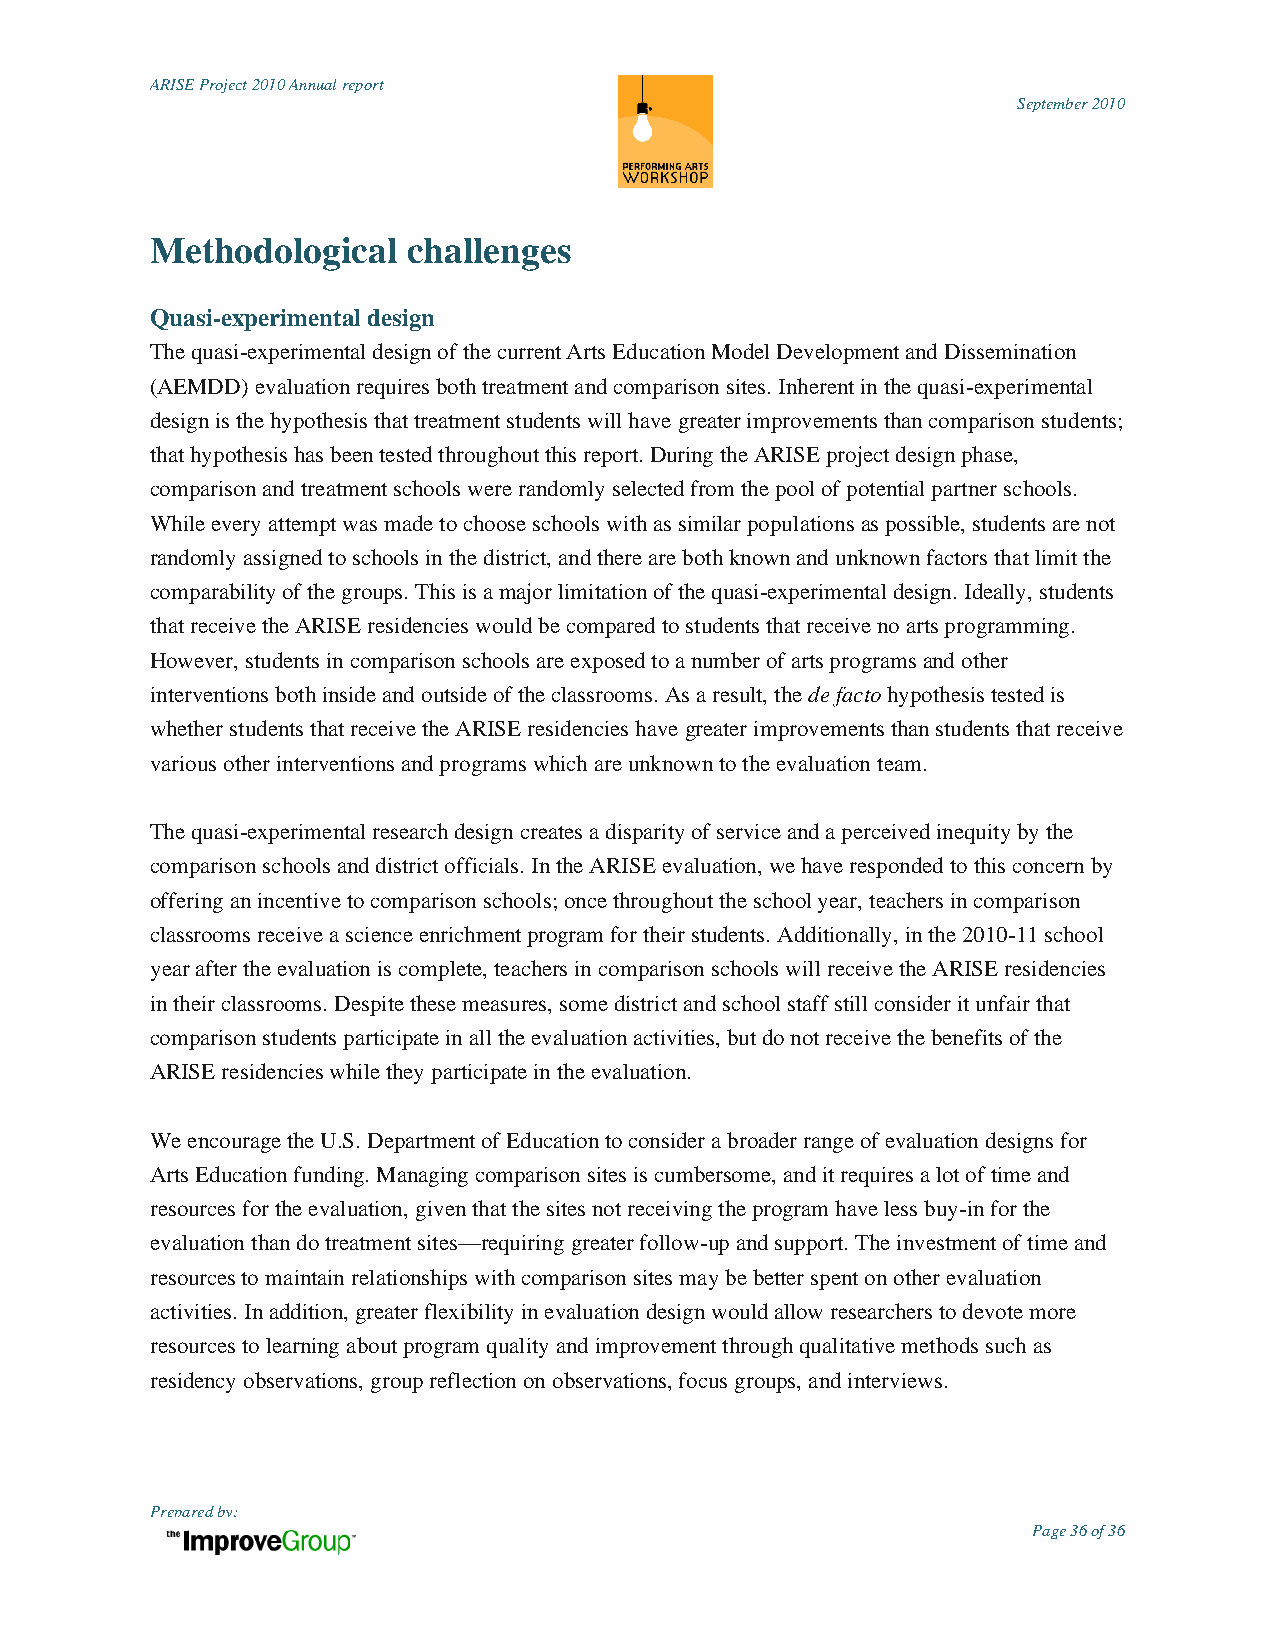
ARISE Project 2010 Annual report
 September 2010
 Methodological   challenges
 Quasi-experimental design
 The quasi-experimental design of the current Arts Education Model Development and Dissemination
 (AEMDD) evaluation requires both treatment and comparison sites. Inherent in the quasi-experimental
 design is the hypothesis that treatment students will have greater improvements than comparison students;
 that hypothesis has been tested throughout this report. During the ARISE project design phase,
 comparison and treatment schools were randomly selected from the pool of potential partner schools.
 While every attempt was made to choose schools with as similar populations as possible, students are not
 randomly assigned to schools in the district, and there are both known and unknown factors that limit the
 comparability of the groups. This is a major limitation of the quasi-experimental design. Ideally, students
 that receive the ARISE residencies would be compared to students that receive no arts programming.
 However, students in comparison schools are exposed to a number of arts programs and other
 interventions both inside and outside of the classrooms. As a result, the de facto hypothesis tested is
 whether students that receive the ARISE residencies have greater improvements than students that receive
 various other interventions and programs which are unknown to the evaluation team.
 The quasi-experimental research design creates a disparity of service and a perceived inequity by the
 comparison schools and district officials. In the ARISE evaluation, we have responded to this concern by
 offering an incentive to comparison schools; once throughout the school year, teachers in comparison
 classrooms receive a science enrichment program for their students. Additionally, in the 2010-11 school
 year after the evaluation is complete, teachers in comparison schools will receive the ARISE residencies
 in their classrooms. Despite these measures, some district and school staff still consider it unfair that
 comparison students participate in all the evaluation activities, but do not receive the benefits of the
 ARISE residencies while they participate in the evaluation.
 We encourage the U.S. Department of Education to consider a broader range of evaluation designs for
 Arts Education funding. Managing comparison sites is cumbersome, and it requires a lot of time and
 resources for the evaluation, given that the sites not receiving the program have less buy-in for the
 evaluation than do treatment sites—requiring greater follow-up and support. The investment of time and
 resources to maintain relationships with comparison sites may be better spent on other evaluation
 activities. In addition, greater flexibility in evaluation design would allow researchers to devote more
 resources to learning about program quality and improvement through qualitative methods such as
 residency observations, group reflection on observations, focus groups, and interviews.
 Prepared by:
 Page 36 of 36